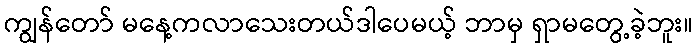
ကျွန်တော် မနေ့ကလာသေးတယ်ဒါပေမယ့် ဘာမှ ရှာမတွေ့ခဲ့ဘူး။